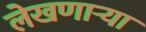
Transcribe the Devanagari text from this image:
लेखणाऱ्या